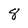
Character: 8